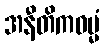
အနီတိကဓမ္မံ